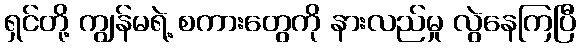
ရှင်တို့ ကျွန်မရဲ့ စကားတွေကို နားလည်မှု လွဲနေကြပြီ